Report on sanitation, dispensaries, and jails in Rajputana for 1918, and on vaccination for the year 1918-1919 - 1918-1919
Year: 1918
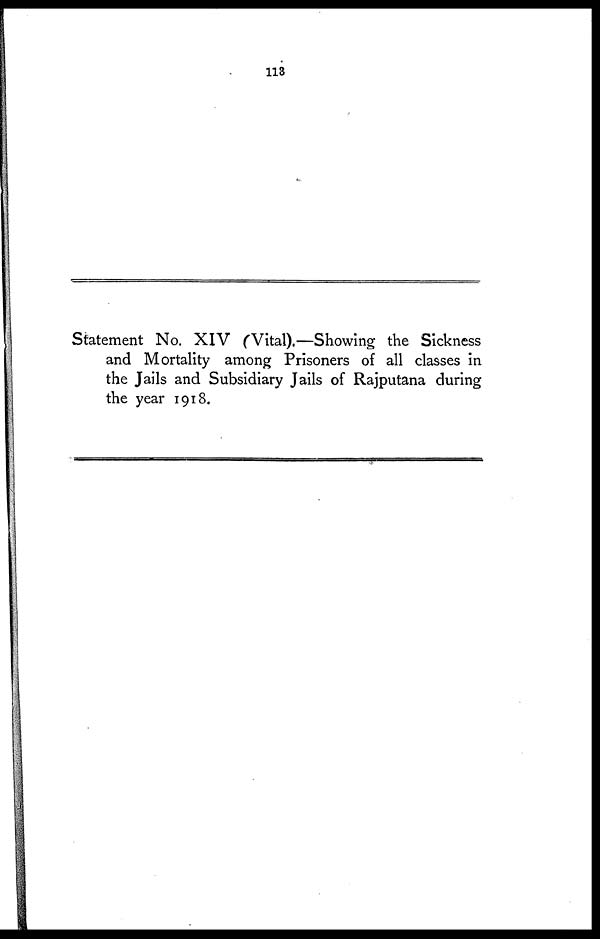
113
Statement No. XIV (Vital).—Showing the Sickness
and Mortality among Prisoners of all classes in
the Jails and Subsidiary Jails of Rajputana during
the year 1918.